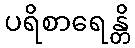
ပရိစာရေန္တိ